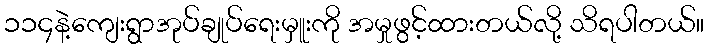
၁၁၄နဲ့ကျေးရွာအုပ်ချုပ်ရေးမှူးကို အမှုဖွင့်ထားတယ်လို့ သိရပါတယ်။